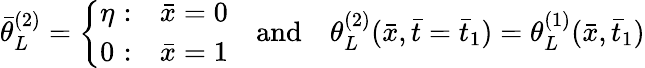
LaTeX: \bar{\theta}_{L}^{(2)}=\left\{ \begin{array}{ll}{\eta\, \, {:}}&{\bar{x}=0}\\ {0\, \, {:}}&{\bar{x}=1}\end{array}\right.\quad\mathrm{and}\quad\theta_{L}^{(2)}(\bar{x},\bar{t}=\bar{t}_{1})=\theta_{L}^{(1)}(\bar{x},\bar{t}_{1})